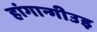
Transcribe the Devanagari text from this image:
हांगान्गीउइ